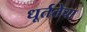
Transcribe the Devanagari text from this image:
धूर्ततेचा